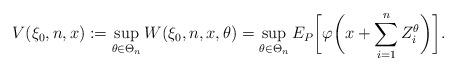
LaTeX: \begin{align*}V(\xi_0,n,x):=\sup_{\theta\in \Theta_n} W(\xi_0,n,x,\theta)=\sup_{\theta\in\Theta_n} E_P\biggl[\varphi\biggl(x+\sum_{i=1}^{n} Z_i^\theta\biggr)\biggr].\end{align*}